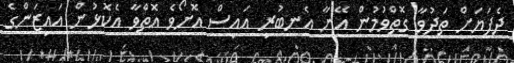
ދެފަޔަށް ތަދުވާ ގޮތްވުމުން އޭނާ އެނބުރި އައިސް އޮށޯވެ އޮތްވާ އެކޮޅުން އައިޒަންގެ